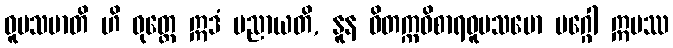
ဝူပသမာတိ ဟိ ဝုတ္တေ ဣဒံ ပညာယတိ, နူန ဝိတက္ကဝိစာရဝူပသမော မဂ္ဂေါ ဣမဿ